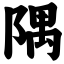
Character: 隅